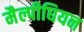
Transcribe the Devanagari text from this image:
मैल्पीघियन